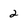
Character: 2